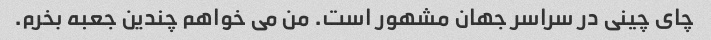
چای چینی در سراسر جهان مشهور است. من می خواهم چندین جعبه بخرم.